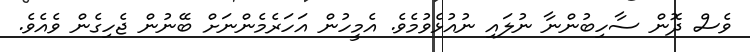
ވެސް ދޮން ސާހިބުންނާ ނުލައި ނުއުޅެވުމެވެ. އެމީހުން އަހަރެމެންނަށް ބޭނުން ޖެހިގެން ވެއެވެ.